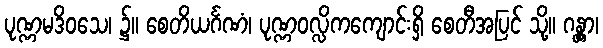
ပုဏ္ဏမဒိဝသေ၊ ၌။ စေတိယင်္ဂဏံ၊ ပုဏ္ဏဝလ္လိကကျောင်းရှိ စေတီအပြင် သို့။ ဂန္တွာ၊